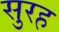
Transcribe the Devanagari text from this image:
सुरह